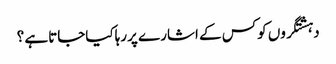
دہشتگروں کوکس کے اشارے پررہاکیاجاتاہے ؟